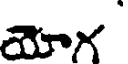
యోగ